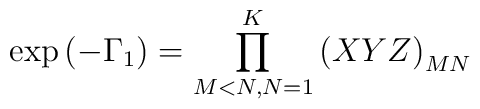
\exp{(-\Gamma_1)}=\prod_{M<N,N=1}^K \left(XYZ \right)_{MN}